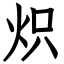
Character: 炽